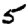
Digit: 5